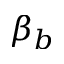
\beta _ { b }